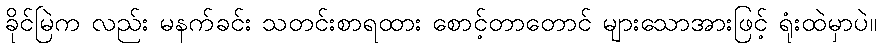
ခိုင်မြဲက လည်း မနက်ခင်း သတင်းစာရထား စောင့်တာတောင် များသောအားဖြင့် ရုံးထဲမှာပဲ။